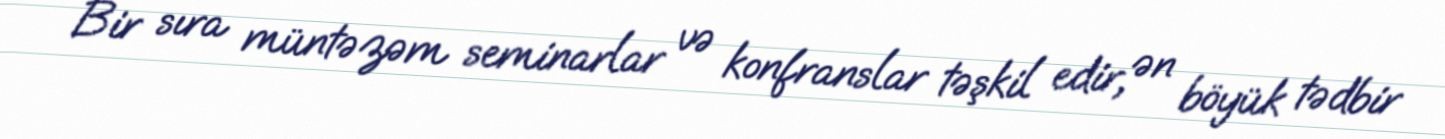
Bir sıra müntəzəm seminarlar və konfranslar təşkil edir, ən böyük tədbir